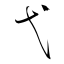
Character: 弋